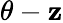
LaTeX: \theta-\mathbf{z}